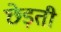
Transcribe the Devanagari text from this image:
छेड़ती